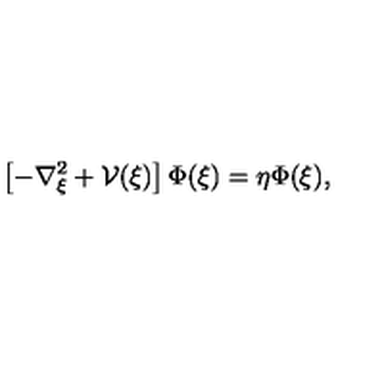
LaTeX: \left[ - \nabla _ { \mathrm { \boldmath \scriptstyle { \xi } } } ^ { 2 } + { \mathcal V } ( \mathrm { \boldmath \xi } ) \right] \Phi ( \mathrm { \boldmath \xi } ) = \eta \Phi ( \mathrm { \boldmath \xi } ) ,